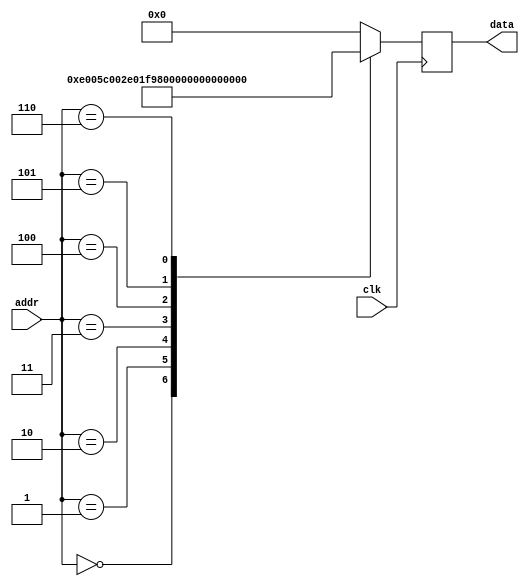
/* verilator lint_off UNUSED */
/* verilator lint_off UNDRIVEN */
/* verilator lint_off UNOPTFLAT */
`timescale 1ns / 1ps

module rom #(
    parameter DATA_WIDTH = 16,
    parameter ADDR_WIDTH = 8   // 2 * 1024 bytes of ROM
) (
    input  wire                      clk ,
    input  wire     [ADDR_WIDTH-1:0] addr, // here comes the program counter
    output      reg [DATA_WIDTH-1:0] data  // here goes the instruction
);

    reg [DATA_WIDTH-1:0] value;

    always @* begin
        case (addr)
            /* ldi r16, 5 */
            0: value = 16'b1110000000000101;
            /* rjmp main_function */
            1: value = 16'b1100000000000010;
            /* ldi r17, 15 */
            2: value = 16'b1110000000011111;
            /* ret */
            3: value = 16'b1001010100001000;
            /* ldi r17, 10 */
            4: value = 16'b1110000000011010;
            /* rcall first_function */
            5: value = 16'b1101111111111100;
            /* ldi r18, 20 */
            6: value = 16'b1110000100100100;
            default: value = 16'b0000000000000000;
        endcase
    end

    always @(negedge clk) begin
        data <= value;
    end

endmodule